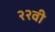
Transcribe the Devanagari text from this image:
२२वी